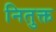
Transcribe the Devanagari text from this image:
नितुक्त